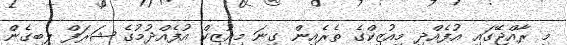
މި ރާއްޖޭގައި އުފެއްދި މިއުޒިކްގެ ތެރެއިން ގިނަ މިއުޒިކް އުފެއްދުމުގެ ޝަރަފް ލިބިގެން